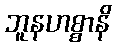
ဘူနဟစ္စာနိ